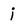
Character: i